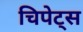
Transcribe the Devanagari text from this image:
चिपेट्स